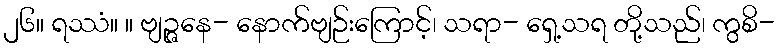
၂၆။ ရဿံ။ ။ ဗျဉ္ဇနေ- နောက်ဗျဉ်းကြောင့်၊ သရာ- ရှေ့သရ တို့သည်၊ ကွစိ-